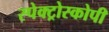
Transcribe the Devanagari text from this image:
स्‍पेक्‍ट्रोस्‍कोपी